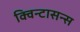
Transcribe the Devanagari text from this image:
क्विन्टासन्स